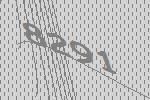
8291